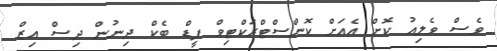
ވެސް ވެލިއު ކޮށް އެއަށް ކޮންސްޓްރަކްޓިވް ފީޑް ބެކް ދިނުން ދިސް އިޒް